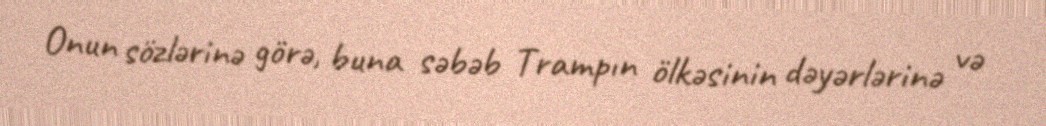
Onun sözlərinə görə, buna səbəb Trampın ölkəsinin dəyərlərinə və